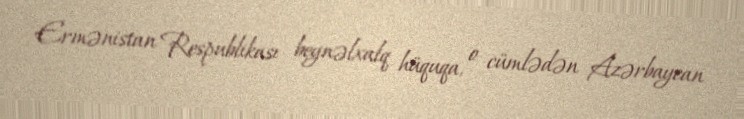
Ermənistan Respublikası beynəlxalq hüquqa, o cümlədən Azərbaycan